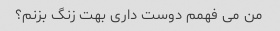
من می فهمم دوست داری بهت زنگ بزنم؟